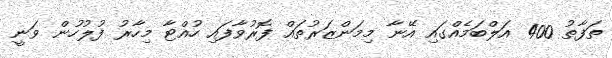
ތަފާތު 400 އަލްބަމެއްގައި އޭނާ މިމަންޒަރުތައް ފޮރުވާފައި ހުއްޓާ މިހާރު ފުލުހުން ވަނީ